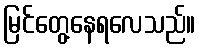
မြင်တွေ့နေရလေသည်။